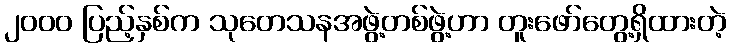
၂၀၀၀ ပြည့်နှစ်က သုတေသနအဖွဲ့တစ်ဖွဲ့ဟာ တူးဖော်တွေ့ရှိထားတဲ့